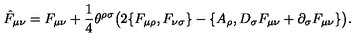
\hat { F } _ { \mu \nu } = F _ { \mu \nu } + { \frac { 1 } { 4 } } \theta ^ { \rho \sigma } \big ( 2 \{ F _ { \mu \rho } , F _ { \nu \sigma } \} - \{ A _ { \rho } , D _ { \sigma } F _ { \mu \nu } + \partial _ { \sigma } F _ { \mu \nu } \} \big ) .